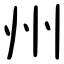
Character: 州